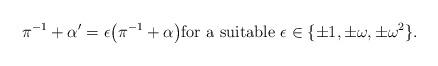
LaTeX: \begin{align*} \pi^{-1} + \alpha' = \epsilon \big( \pi^{-1} + \alpha \big) \text{for a suitable $\epsilon \in \{\pm 1, \pm \omega, \pm \omega^2\}$.} \end{align*}